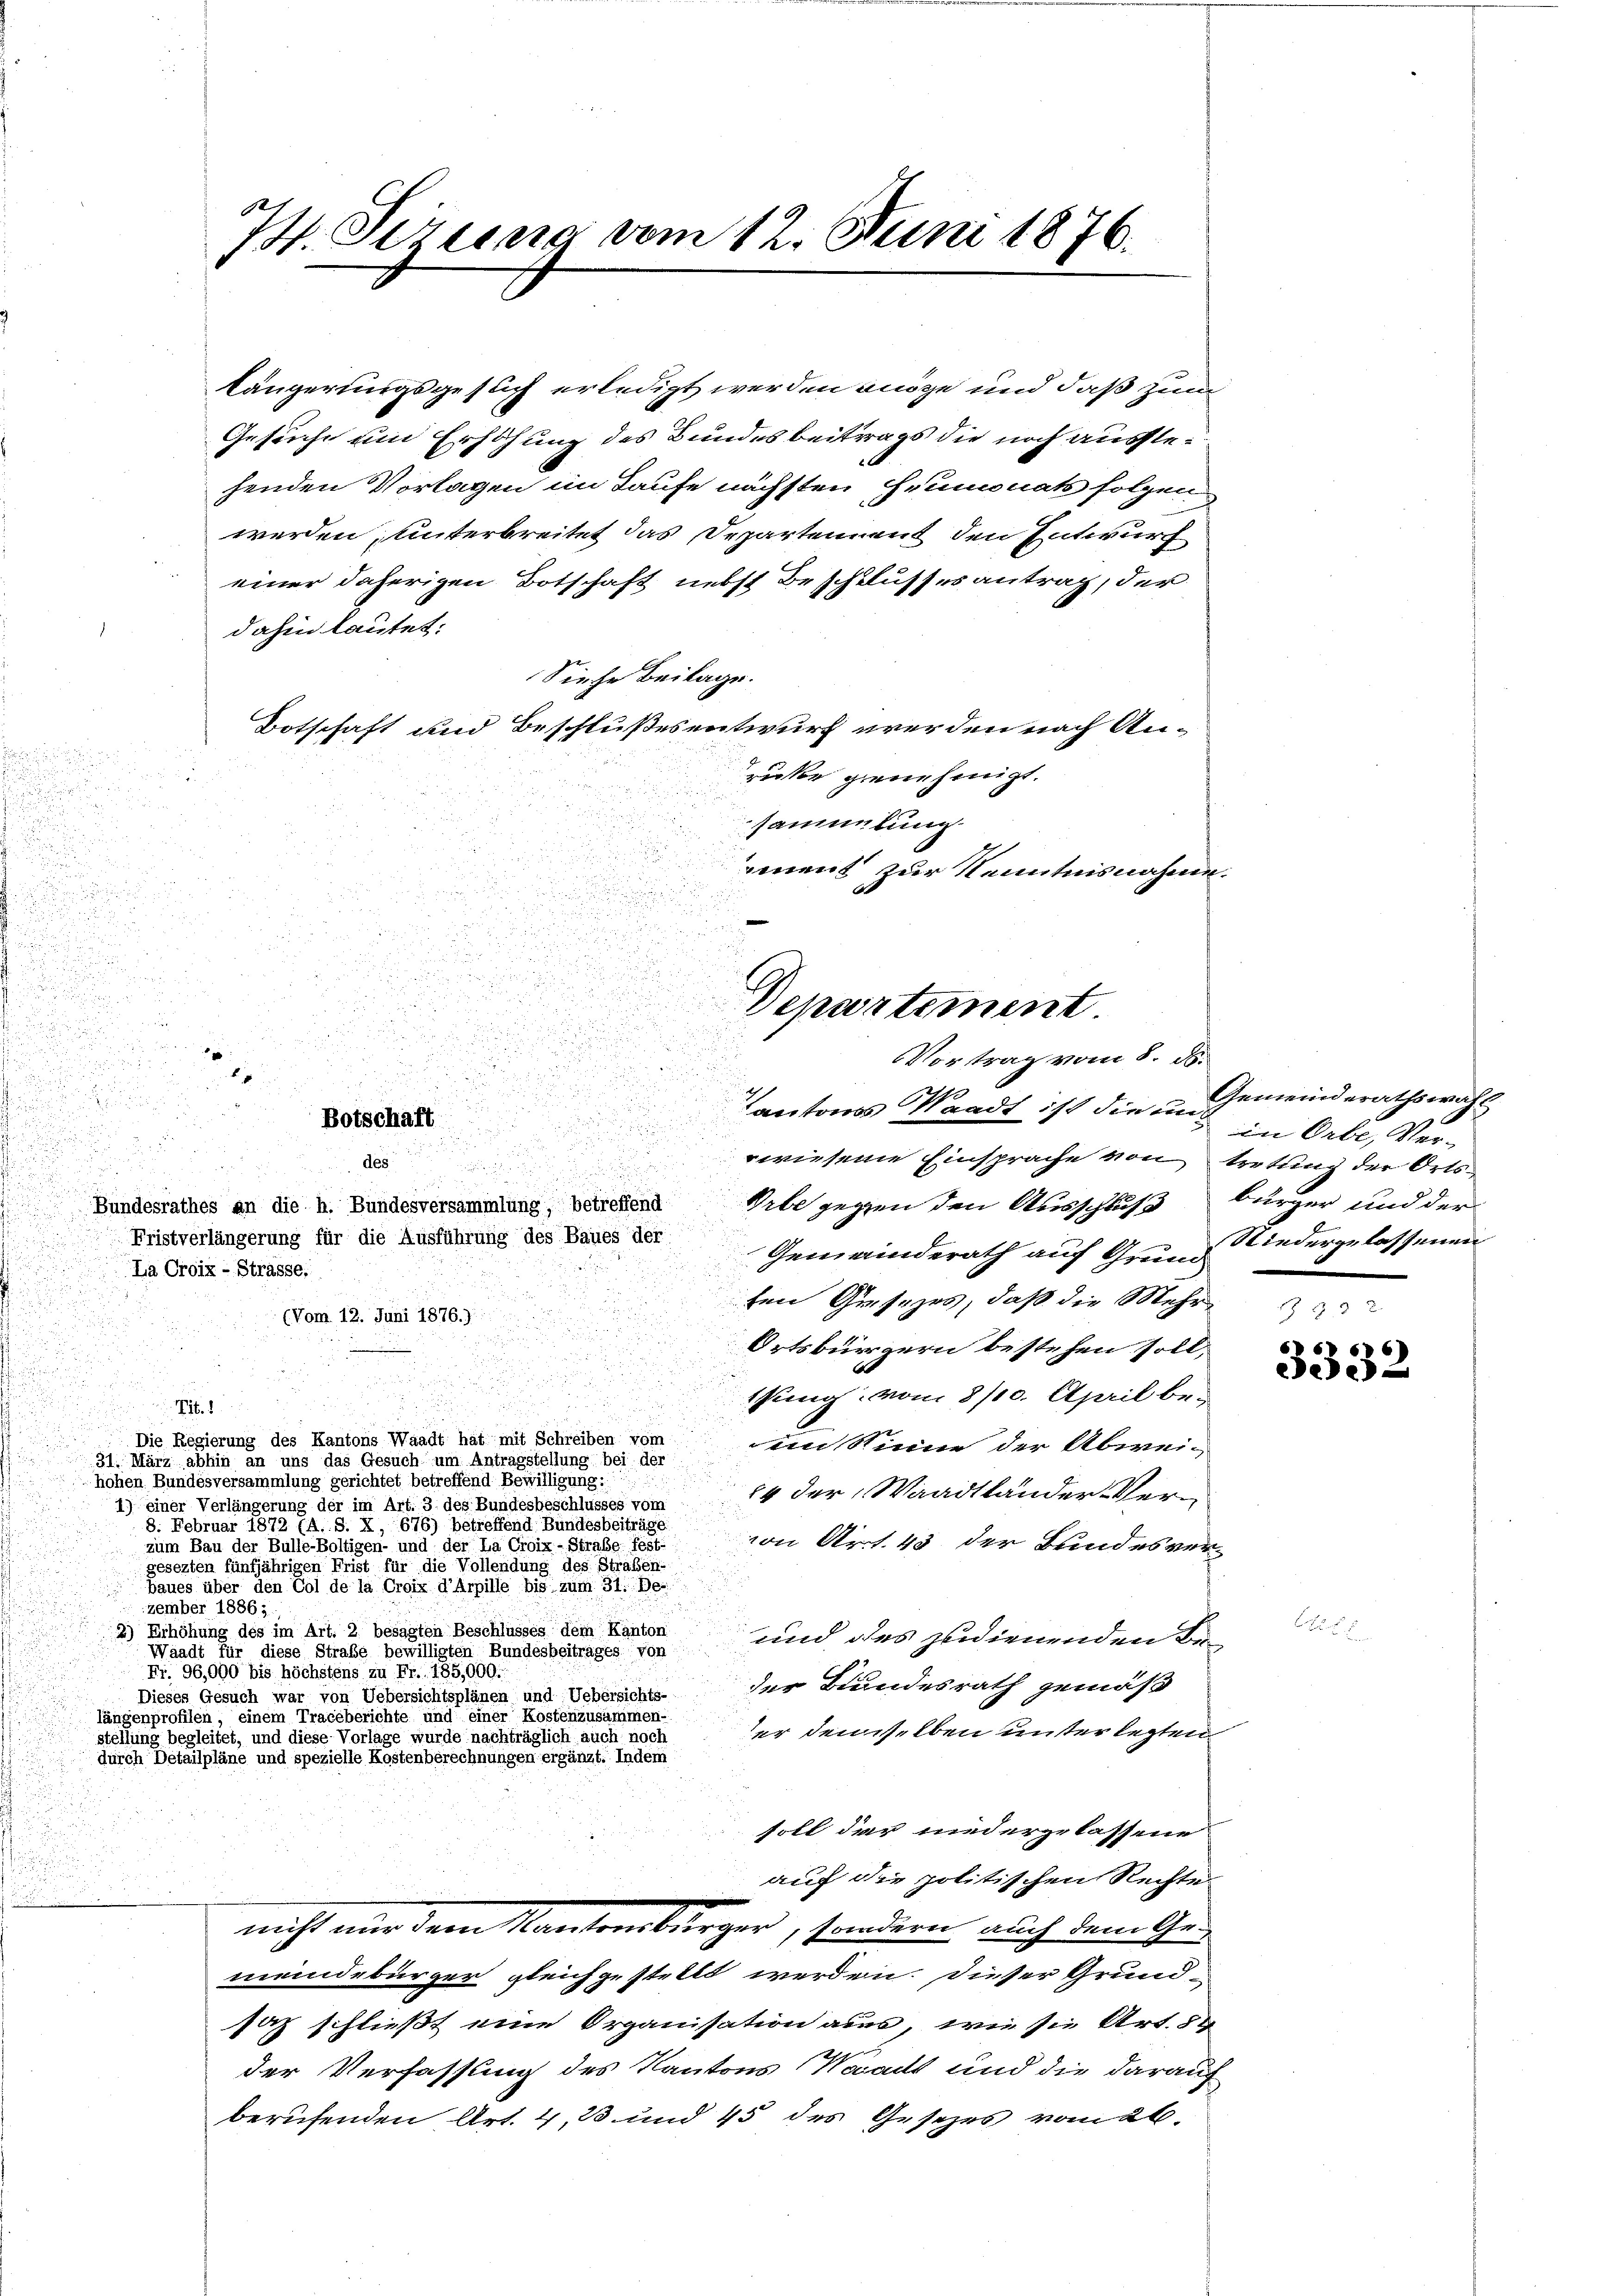
u
antons Waadt ist die u. Gemeinderathswahl

d
i

wiesene Einsprache von tretung der Orts¬
Fristverlängerung für die Ausführung des Baues der Gemeinderath auf Grund Niedergelassenen
ten Gusezes, daß die Mehr
.

Ortsbürgern bestehen soll,
u

2

i

ung: vom 8/10. April bei
Tit.

Die Regierung des Kantons Waadt hat mit Schreiben vom
im Sinne der Abwei-
31. März abhin an uns das Gesuch um Antragstellung bei der
hohen Bundesversammlung gerichtet betreffend Bewilligung:
8. Februar 1872 (A. S. X, 676) betreffend Bundesbeiträge
von Art. 43 der Bundesverzum Bau der Bulle-Boltigen- und der La Croix-Strabe fest-
gesezten fünfjährigen Frist für die Vollendung des Straßen-
baues über den Col de la Croix d’Arpille bis zum 31. De-
zember 1886:
2) Erhöhung des im Art. 2 besagten Beschlusses dem Kanton
und des zedienenden Be-
Waadt für diese Straße bewilligten Bundesbeitrages von
Nr. 96,000 bis höchstens zu Fr. 185,000.
der Bundesrath gemäß
Dieses Gesuch war von Uebersichtsplänen und Uebersichts-
längenprofilen, einem Traceberichte und einer Kostenzusammen.
er denselben unter letzten
stellung begleitet, und diese Vorlage wurde nachträglich auch noch
durch Detailpläne und spezielle Kostenberechnungen ergänzt. Indem
soll der niedergelassene
auf die politischen Rechte
nicht nur dem Kantonsbürger, sondern auch dem Ge-
meindebürger gleichgestellt werden. Dieser Grundsaz schließt eine Organisation aus, wie sie Art. 84
der Verfassung des Kantons Waadt und die darauf
berufenden Art. 4, 23 und 45 des Gesetzes vom 26.

La Croix-Strasse.

14. Sizung vom 12. Juni 1876.

einer daherigen Botschaft nebst Beschlusses antrag, der
dahin lautet:
Siehe Beilage.
Botschaft und Beschlußesentwurf werden nach Anrücke genehmigt.
sammlung
renent zur Kenntnisnahme.

Botschaft

(Vom 12. Juni 1876.)
.

2

des

längerungsgesuch erledigt werden möge und daß zum
Gesuche um Erhöhung des Bundesbeitrags die noch ausstehenden Vorlagen im Laufe nächsten Heumonats folgen
werden, unterbreitet das Departement den Entwurf

F
Bundesrathes an die h. Bundesversammlung, betreffend Vebe gegen den Ausschluß

1) einer Verlängerung der im Art. 3 des Bundesbeschlusses vom 14 der Waadtländer Ver-

Departement.
VVortrag vom 8. d.

in Orbe, Ver-
bürger und der

3332